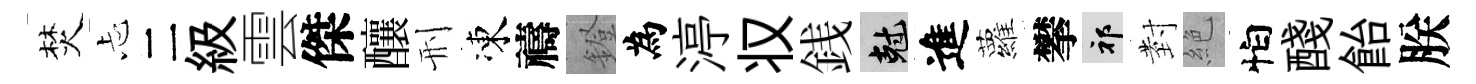
焚忐二級雲傑釀刑凍禱鐙為渟𠬧銭剋進蘿攀祁𭔹絶怕醆飴朕